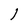
Character: I